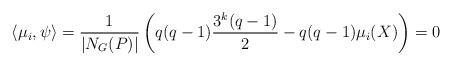
LaTeX: \begin{align*}\langle \mu_i,\psi\rangle=\frac{1}{|N_G(P)|}\left( q(q-1)\frac{3^k(q-1)}{2} -q(q-1)\mu_i(X)\right) =0\end{align*}